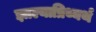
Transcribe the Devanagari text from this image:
झाल्याप्रिथ्यर्थ